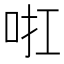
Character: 𠲞